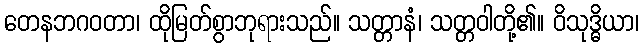
တေနဘဂဝတာ၊ ထိုမြတ်စွာဘုရားသည်။ သတ္တာနံ၊ သတ္တဝါတို့၏။ ဝိသုဒ္ဓိယာ၊